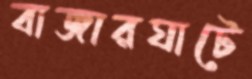
বাজারঘাটে